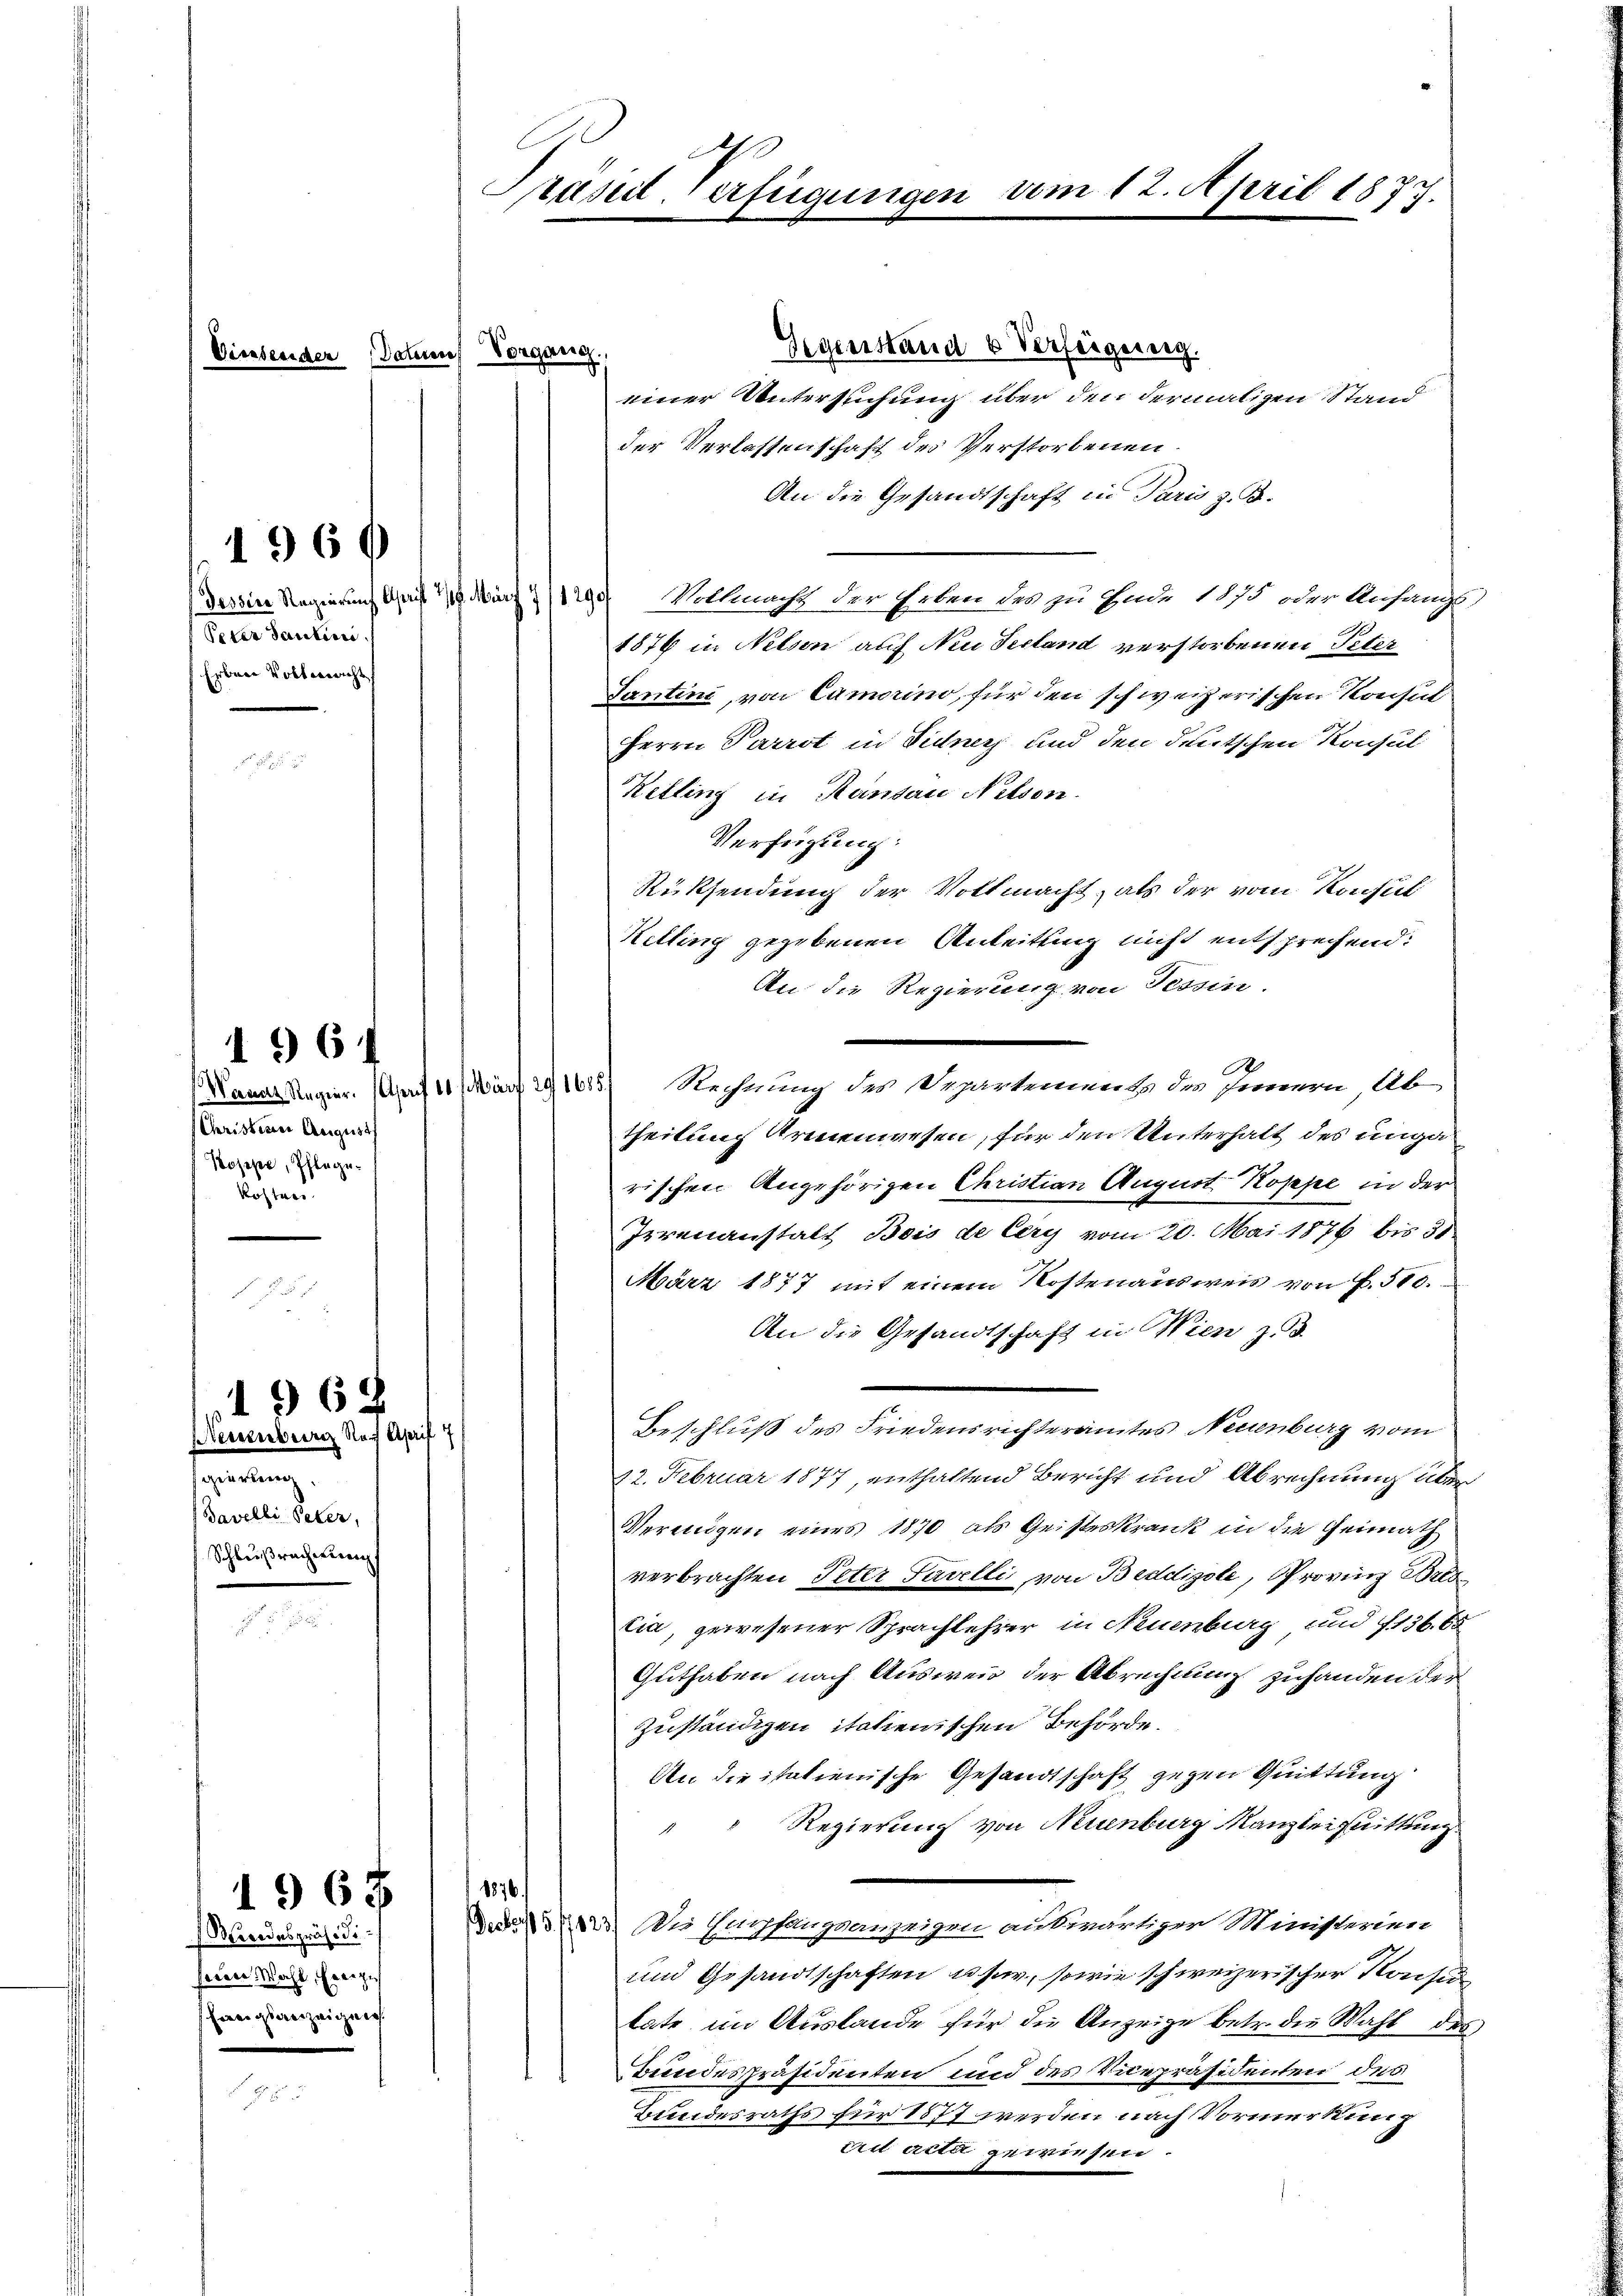
Viessender Datum Vorgans.

Peter Tantier.
Erbene Vollegericht

1360

Christerer August
Koses, Pflegekosten.

1964

Neuenburg Nach Aprif 7
genre
Bavelli Peter,
 Schleißrachten.

6

Kundespräsidiseien Wahl, Horizi
hangsanzeigung.

1967

Gegenstand & Verfeigung.
einer Untersuchung über den dermaligen Stand
der Verlassenschaft des Verstorbenen.
An die Gesandtschaft in Paris z. B.
Tessine Regierung Christ 18. März 1290 Vollmacht der Erben des zu Ende 100 oder Anfangs
1876 in Netson auf Neu Seeland verstorbenen Peter
Tantini, von Camerino, für den schweizerischen Konsul
Herrn Parrot in Fidners und den deutschen Konsul
Ketling in Randau Nelson.
Verfügung:
Rücksendung der Vollmacht, als der vom Konsul
Kelling gegebenen Anteilung nicht entsprechend:
An die Regierung von Tessin.
Kanal Regier. (auf 10 März 191085. Rechnung des Departement des Innern, Ab
theilung Armenwesen, für den Unterhalt des unga
rischen Angehörigen Christian August Koppe in der
Irrenanstalt Bois de Cery vom 20. Mai 1876 bis 30
März 1877 mit einem Kostenausweis von f. 510.
An die Gesandtschaft in Wien z. 3.
Beschluß des Friedensrichteramtes Neuenburg vom
12. Februar 1877, enthaltend Bericht und Abrechnung über
Verungen eines 1870 als Geisteskrank in die Heimath
verbrachten Peter Tavelli, von Beddigole, Provinz Bres
cia, gewesener Sprachlehrer in Neuenburg, und 136. 65
Guthaben nach Ausweis der Abrechnung zuhanden der
zuständigen itchenischen Behörde.
An die italienische Gesandtschaft gegen Quittung
Regierung von Neuenburg Kanzleimuittung
8876.
. Die Empfangsanzeigen auswärtiger Ministerium
und Gesandtschaften user, sowie schweizerischer Konsu
late im Auslande für die Anzeige betr. die Wahl des
Bundespräsidenten und des Vicepräsidenten des
Bundesraths für 1877 werden nach Vormerkung
crit acta gewiesen.

Präsent-Verfügungen vom 12. April 1877.